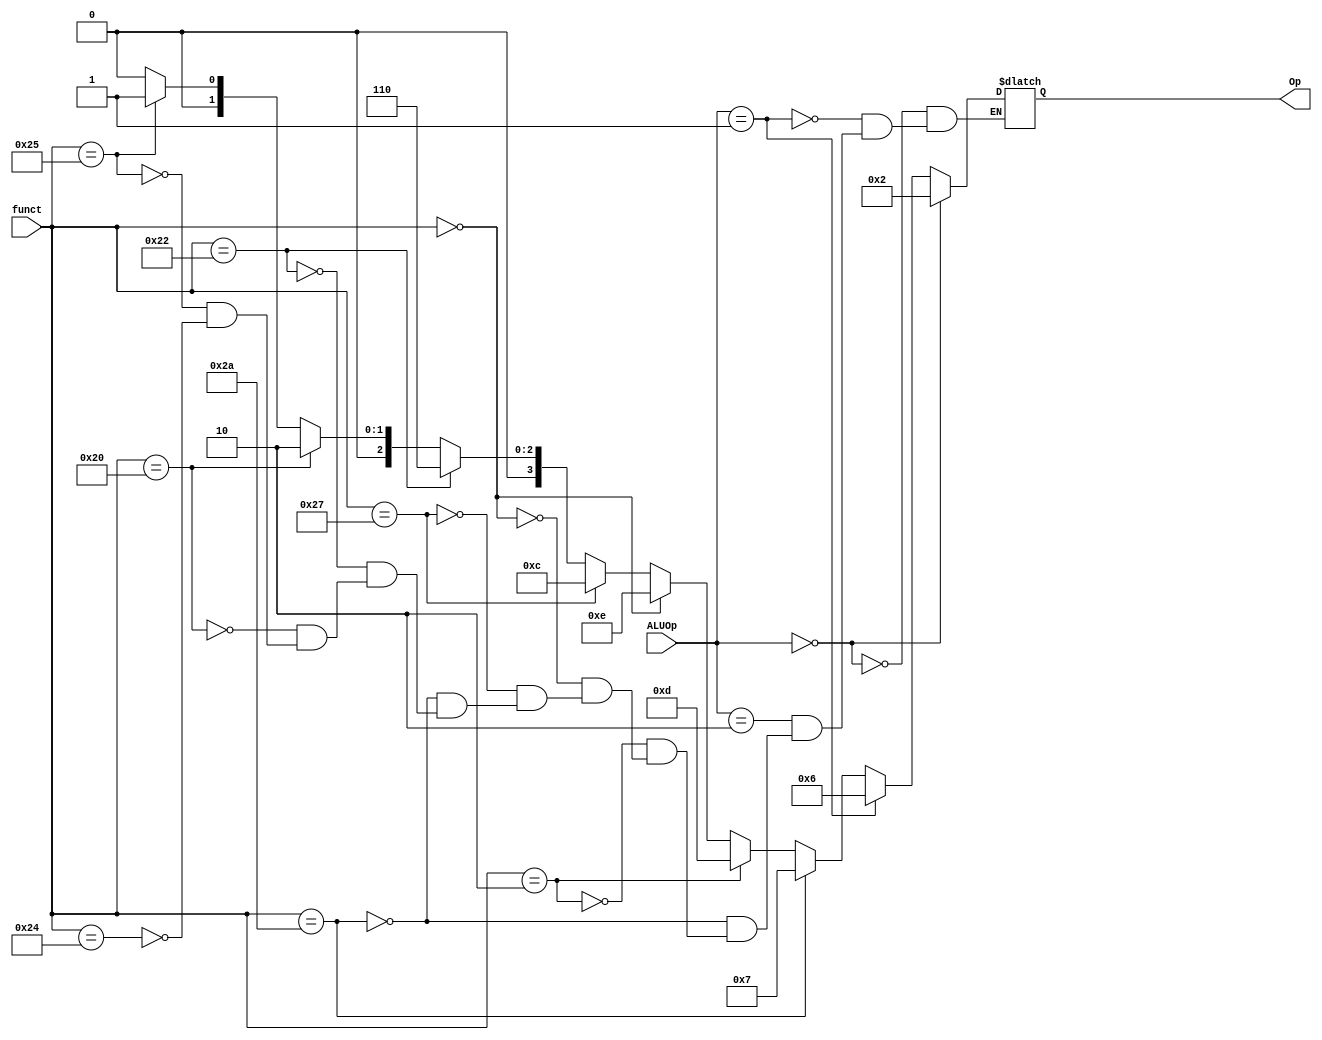
module ALUControl (Op, ALUOp, funct);

output reg [3:0] Op;
input [1:0] ALUOp;
input [5:0] funct;

parameter AND=4'b0000 , OR= 4'b0001 , ADD= 4'b0010,
          SUB= 4'b0110,  NOR= 4'b1100, SLL= 4'b1110 ,SRL = 4'b1101,SLT=4'b0111;


always@*
begin

if(ALUOp == 2'b00) //add
Op <= ADD;

else if(ALUOp == 2'b01) //sub
Op <= SUB;

else if(ALUOp == 2'b10) //funct
begin

if(funct == 36) Op <= AND;
if(funct == 37) Op <= OR;
if(funct == 32) Op <= ADD;
if(funct == 34) Op <= SUB;
if(funct == 42) Op <= SLT;
if(funct == 39) Op <= NOR;
if(funct == 0 ) Op <= SLL;
if(funct == 2) Op <= SRL;
if(funct == 42 ) Op<=SLT;
end //endif


else
Op<=4'bzzzz;

end //always


endmodule

module ALUControlTB;
reg [1:0] ALUOp;
reg [5:0] funct;
wire [3:0] Op;

initial
begin
//$monitor($time ,, "ALUop: %b	funct: %d	Op:%b", ALUOp, funct, Op);

//$display("lw-->add");
ALUOp= 2'b00;

#5
//$display("beq-->sub");
ALUOp= 2'b01;

#5
//$display("funct--add");
ALUOp= 2'b10;
funct= 32;

#5
//$display("funct--sub");
ALUOp= 2'b10;
funct= 34;

#5
//$display("funct--and");
ALUOp= 2'b10;
funct= 36;

#5
//$display("funct--or");
ALUOp= 2'b10;
funct= 37;

#5
//$display("funct--nor");
ALUOp= 2'b10;
funct= 39;

#5
//$display("funct--slt");
ALUOp= 2'b10;
funct= 42;

#5
//$display("funct--sll");
ALUOp= 2'b10;
funct= 0;

end// end initial

ALUControl F(Op, ALUOp, funct);

endmodule